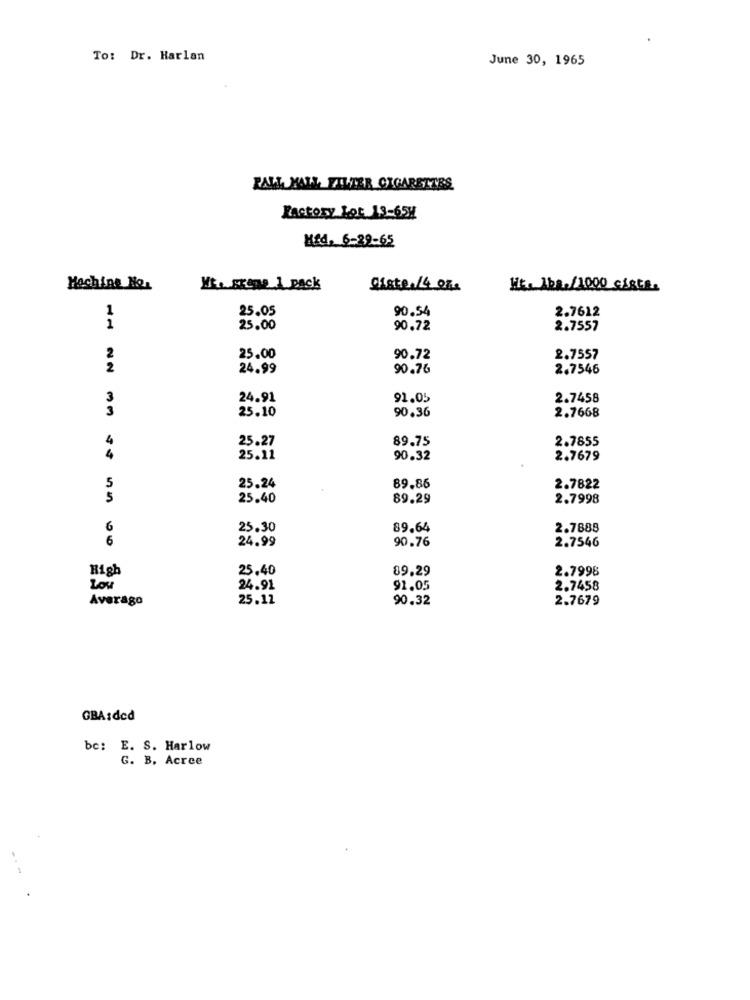
To: Dr. Harlan
June 30, 1965
RALL, MALL FILTER CIGARETTES
Factory Lot 13-65H
Hfd, 6-29-65
Machine No.
Giste./4 OF
Hit. 1b./1000 ciste.
1
25.05
90.54
2.7612
1
25.00
90.72
2.7557
2
25.00
90.72
2.7557
2
24.99
90.76
2.7546
3
24.91
91.05
2.7458
3
25.10
90.36
2.7668
25.27
89.75
2.7855
4
25.11
90.32
2.7679
5
25.24
89.86
2.7822
5
25.40
89.29
2.7998
6
25.30
89.64
2.7888
6
24.99
90.76
2.7546
High
25,40
89.29
2.7998
Low
24.91
91.05
2.7458
Averago
25.12
90.32
2.7679
GBA:dcd
bc: E. S. Harlow
G. B. Acree